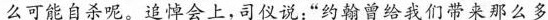
么可能自杀呢。追悼会上，司仪说：“约翰曾给我们带来那么多